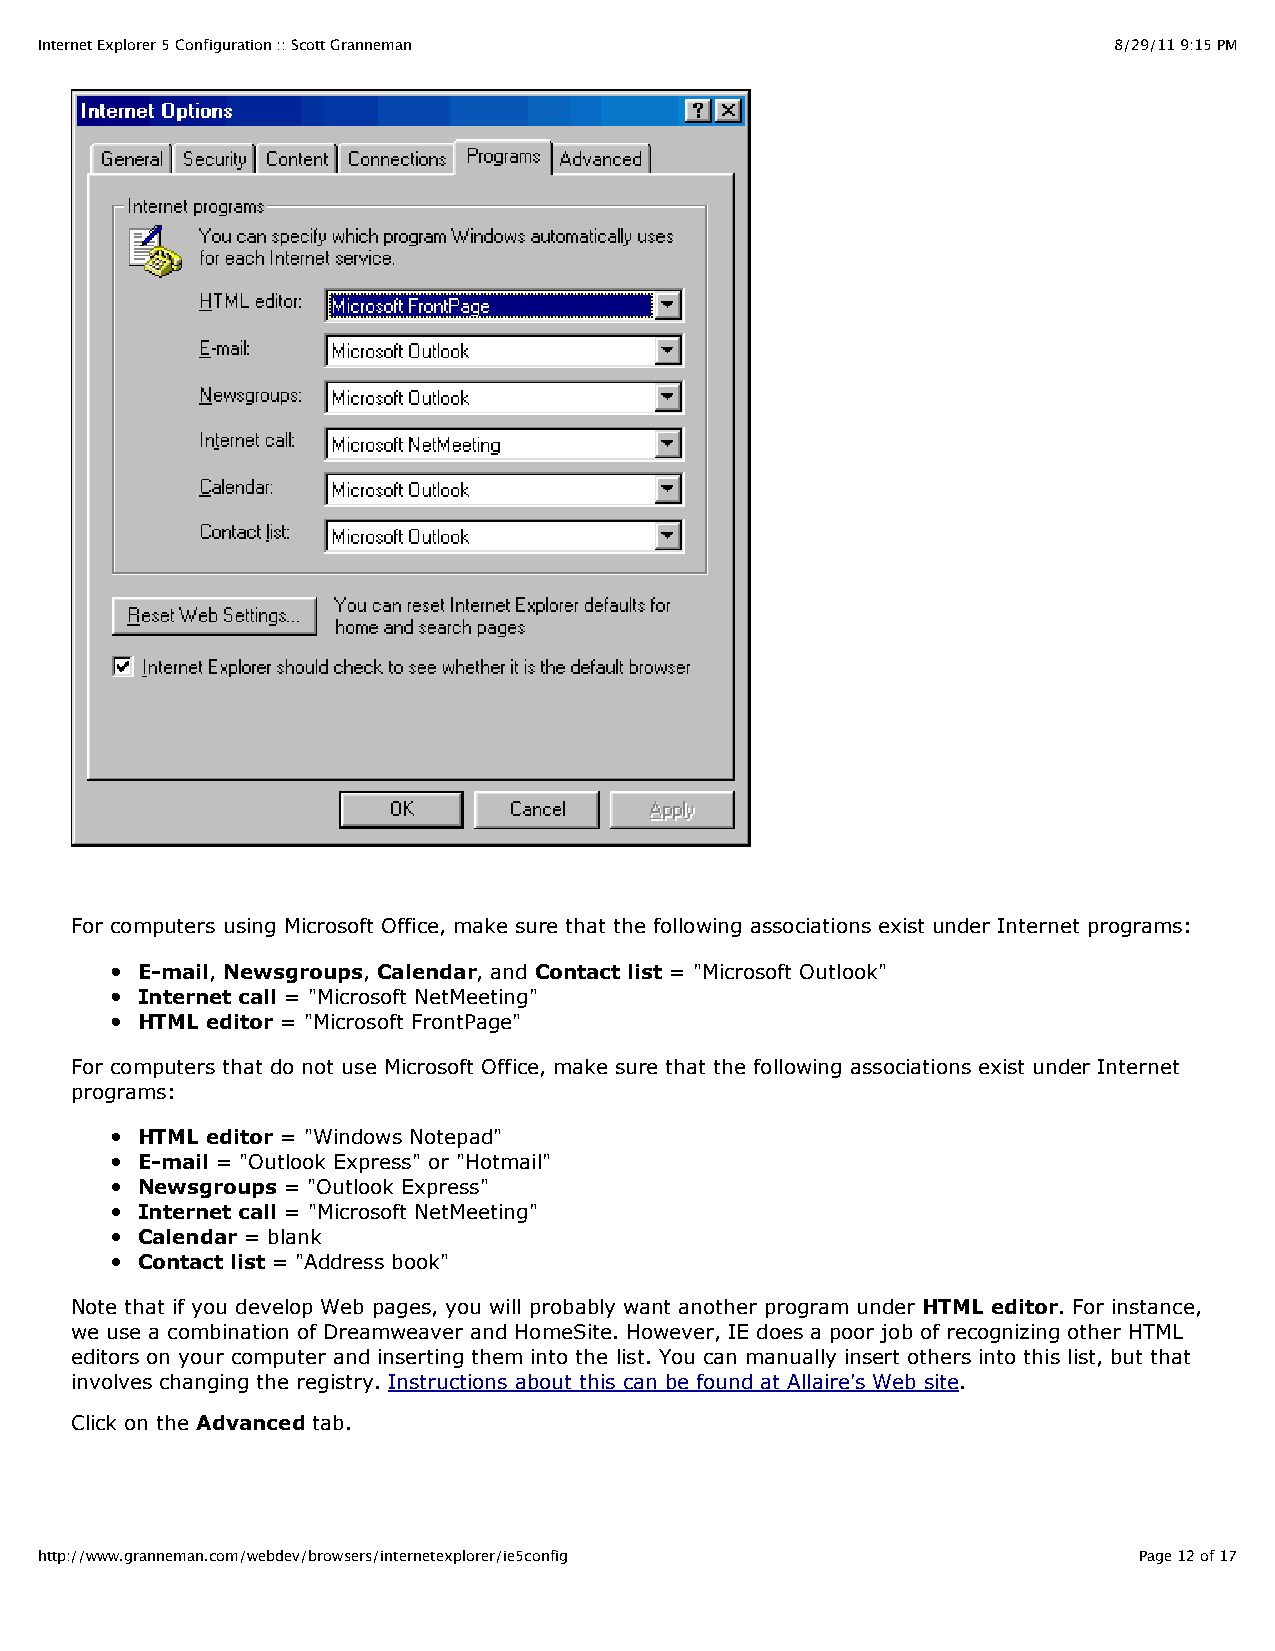
Internet Explorer 5 Configuration :: Scott Granneman                    8/29/11 9:15 PM
 For computers using Microsoft Office, make sure that the following associations exist under Internet programs:
 E-mail, Newsgroups, Calendar, and Contact list = "Microsoft Outlook"
 Internet call = "Microsoft NetMeeting"
 HTML editor = "Microsoft FrontPage"
 For computers that do not use Microsoft Office, make sure that the following associations exist under Internet
 programs:
 HTML editor = "Windows Notepad"
 E-mail = "Outlook Express" or "Hotmail"
 Newsgroups = "Outlook Express"
 Internet call = "Microsoft NetMeeting"
 Calendar = blank
 Contact list = "Address book"
 Note that if you develop Web pages, you will probably want another program under HTML editor. For instance,
 we use a combination of Dreamweaver and HomeSite. However, IE does a poor job of recognizing other HTML
 editors on your computer and inserting them into the list. You can manually insert others into this list, but that
 involves changing the registry. Instructions about this can be found at Allaire's Web site.
 Click on the Advanced tab.
 http://www.granneman.com/webdev/browsers/internetexplorer/ie5config      Page 12 of 17